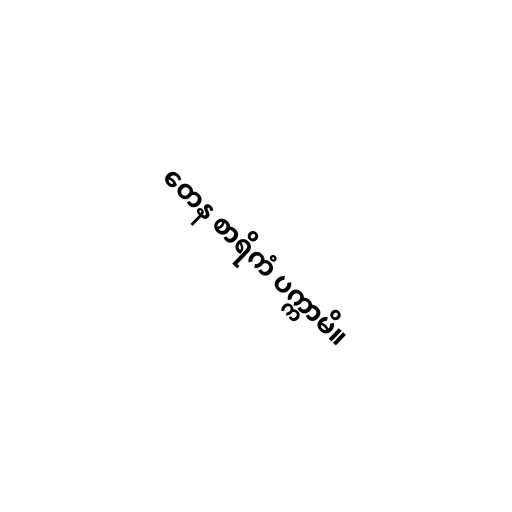
တေန စာရိကံ ပက္ကာမိ။